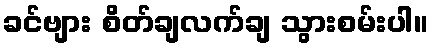
ခင်ဗျား စိတ်ချလက်ချ သွားစမ်းပါ။